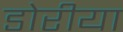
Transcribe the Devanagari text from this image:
डोरीया